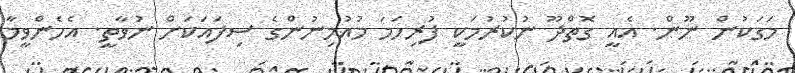
މަގަކުން ނޫން. އެއީ ގޮތްދޫ ނުކުރުމަކީ ފުރިހަމަ މުއުމިނުންގެ ސިފައަކަށް ނުވާތީ. އެހެންވީމާ